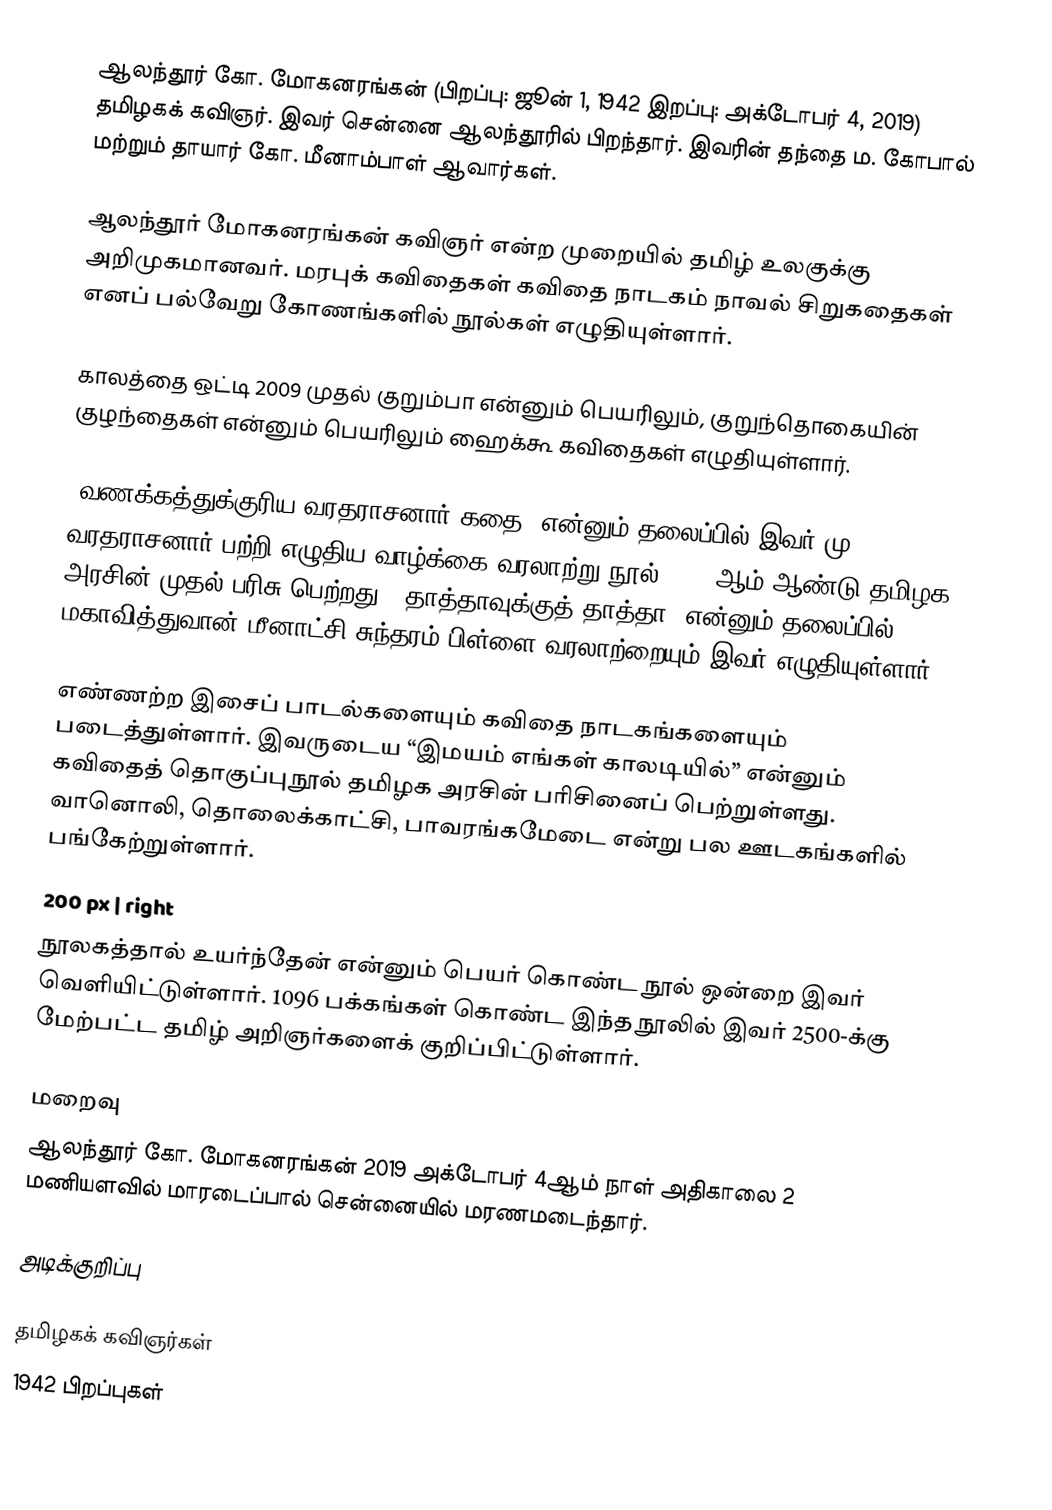
ஆலந்தூர் கோ. மோகனரங்கன் (பிறப்பு: ஜூன் 1, 1942 இறப்பு: அக்டோபர் 4, 2019) தமிழகக் கவிஞர். இவர் சென்னை ஆலந்தூரில் பிறந்தார். இவரின்  தந்தை ம. கோபால் மற்றும் தாயார் கோ. மீனாம்பாள் ஆவார்கள்.

ஆலந்தூர் மோகனரங்கன் கவிஞர் என்ற முறையில் தமிழ் உலகுக்கு அறிமுகமானவர். மரபுக் கவிதைகள்  கவிதை நாடகம்  நாவல்  சிறுகதைகள்  எனப் பல்வேறு கோணங்களில் நூல்கள் எழுதியுள்ளார்.

காலத்தை ஒட்டி 2009 முதல் குறும்பா என்னும் பெயரிலும், குறுந்தொகையின் குழந்தைகள் என்னும் பெயரிலும் ஹைக்கூ கவிதைகள் எழுதியுள்ளார்.

‘வணக்கத்துக்குரிய வரதராசனார் கதை’ என்னும் தலைப்பில் இவர் மு. வரதராசனார் பற்றி எழுதிய வாழ்க்கை வரலாற்று நூல் 1982 ஆம் ஆண்டு தமிழக அரசின் முதல் பரிசு பெற்றது. ‘தாத்தாவுக்குத் தாத்தா’ என்னும் தலைப்பில் மகாவித்துவான் மீனாட்சி சுந்தரம் பிள்ளை வரலாற்றையும் இவர் எழுதியுள்ளார்.

எண்ணற்ற இசைப் பாடல்களையும் கவிதை நாடகங்களையும் படைத்துள்ளார். இவருடைய “இமயம் எங்கள் காலடியில்” என்னும் கவிதைத் தொகுப்புநூல் தமிழக அரசின் பரிசினைப் பெற்றுள்ளது. வானொலி, தொலைக்காட்சி, பாவரங்கமேடை என்று பல ஊடகங்களில் பங்கேற்றுள்ளார்.
 200 px | right
நூலகத்தால் உயர்ந்தேன் என்னும் பெயர் கொண்ட நூல் ஒன்றை இவர் வெளியிட்டுள்ளார். 1096 பக்கங்கள் கொண்ட இந்த நூலில்  இவர் 2500-க்கு மேற்பட்ட தமிழ் அறிஞர்களைக் குறிப்பிட்டுள்ளார்.

மறைவு
ஆலந்தூர் கோ. மோகனரங்கன் 2019 அக்டோபர் 4ஆம் நாள் அதிகாலை 2 மணியளவில் மாரடைப்பால் சென்னையில் மரணமடைந்தார்.

அடிக்குறிப்பு

தமிழகக் கவிஞர்கள்
1942 பிறப்புகள்